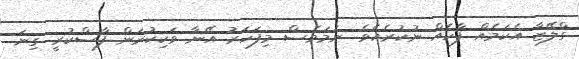
ގްލޭޒާ އެކަމެއް ފާހެއް ނުކުރެއެވެ. ނަމަވެސް މިފަހަރު އޭނާ ވަކިކުރަން ފާސްކުރީ ގިނަ